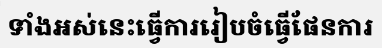
ទាំងអស់នេះធ្វើការរៀបចំធ្វើផែនការ